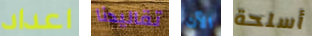
اعداد تقاليدنا الآن أسلحة